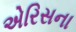
એરિસના